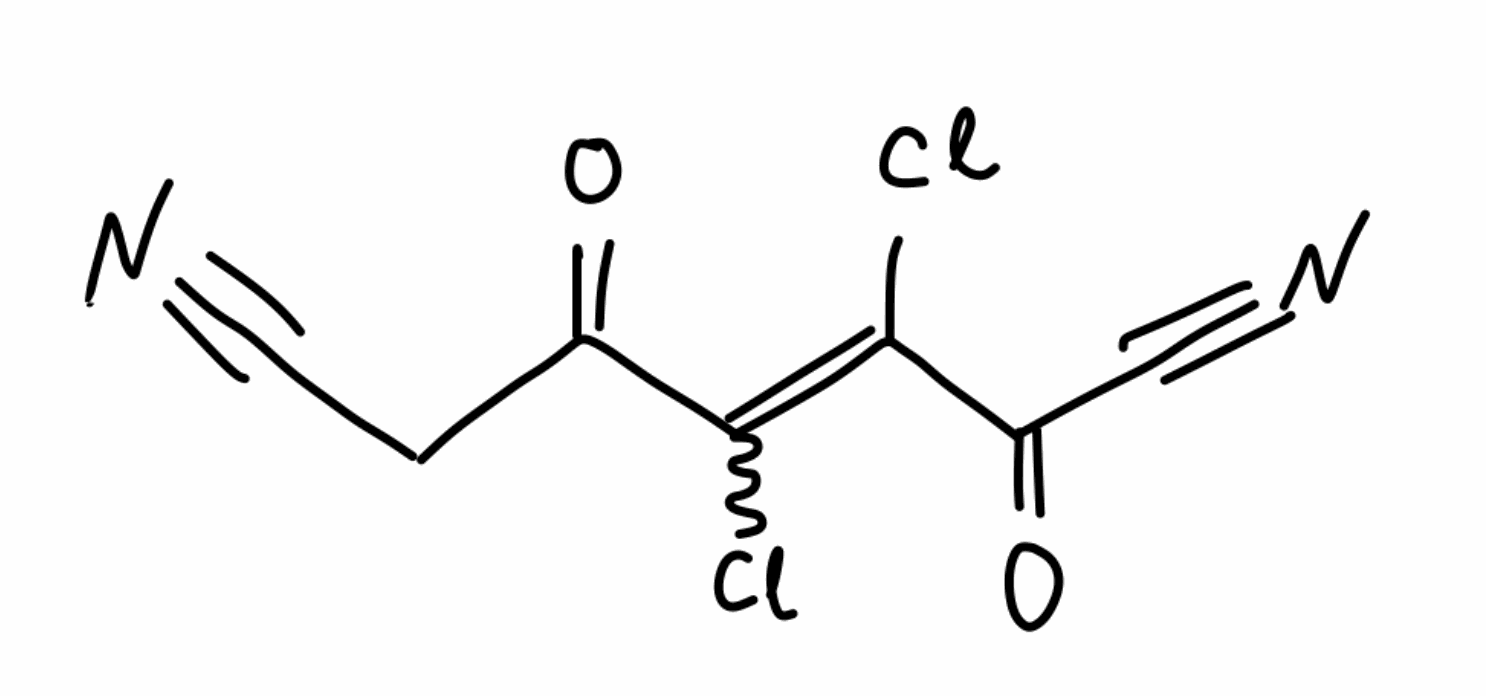
Simplified molecular-input line-entry system (SMILES) notation of the given molecule:
C(C#N)C(=O)C(=C(C(=O)C#N)Cl)Cl